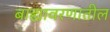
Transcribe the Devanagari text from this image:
बाह्यावरणातील